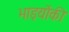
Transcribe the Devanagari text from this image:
भाइयोंकी